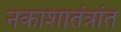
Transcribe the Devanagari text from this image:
नकाशातंत्रांत